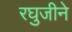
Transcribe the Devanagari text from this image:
रघुजीने